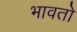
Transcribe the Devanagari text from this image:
भावतो